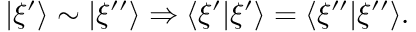
| \xi ^ { \prime } \rangle \sim | \xi ^ { \prime \prime } \rangle \Rightarrow \langle \xi ^ { \prime } | \xi ^ { \prime } \rangle = \langle \xi ^ { \prime \prime } | \xi ^ { \prime \prime } \rangle .